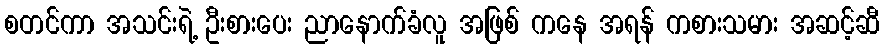
စတင်ကာ အသင်းရဲ့ ဦးစားပေး ညာနောက်ခံလူ အဖြစ် ကနေ အရန် ကစားသမား အဆင့်ဆီ